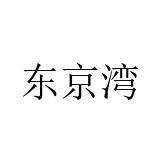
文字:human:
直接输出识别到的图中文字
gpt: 东京湾